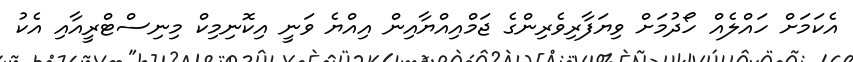
އެކަމަށް ހައްލެއް ހޯދުމަށް ވިޔަފާރިވެރިންގެ ޖަމްއިއްޔާއިން އިއްޔެ ވަނީ އިކޮނިމިކް މިނިސްޓްރީއާއި އެކު